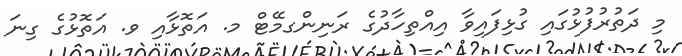
މި ދަތުރުފުޅުގައި ގުޅިފައިވާ އިއްތިހާދުގެ ރަނިންގމޭޓް މ. އަތޮޅާއި ވ. އަތޮޅުގެ ގިނަ